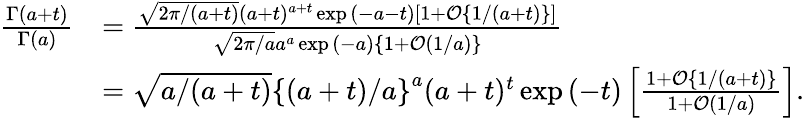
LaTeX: \begin{array}{rl}{\frac{\Gamma(a+t)}{\Gamma(a)}}&{=\frac{\sqrt{2\pi/(a+t)}(a+t)^{a+t}\exp{(-a-t)}\left[1+\mathcal{O}\{ 1/(a+t)\} \right]}{\sqrt{2\pi/a}a^{a}\exp{(-a)}\left\{ 1+\mathcal{O}(1/a)\right\} }}\\ &{=\sqrt{a/(a+t)}\left\{ (a+t)/a\right\} ^{a}(a+t)^{t}\exp{(-t)}\left[\frac{1+\mathcal{O}\{ 1/(a+t)\} }{1+\mathcal{O}(1/a)}\right].}\end{array}